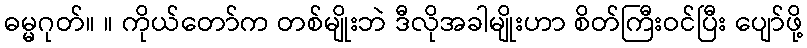
ဓမ္မဂုတ်။ ။ ကိုယ်တော်က တစ်မျိုးဘဲ ဒီလိုအခါမျိုးဟာ စိတ်ကြီးဝင်ပြီး ပျော်ဖို့